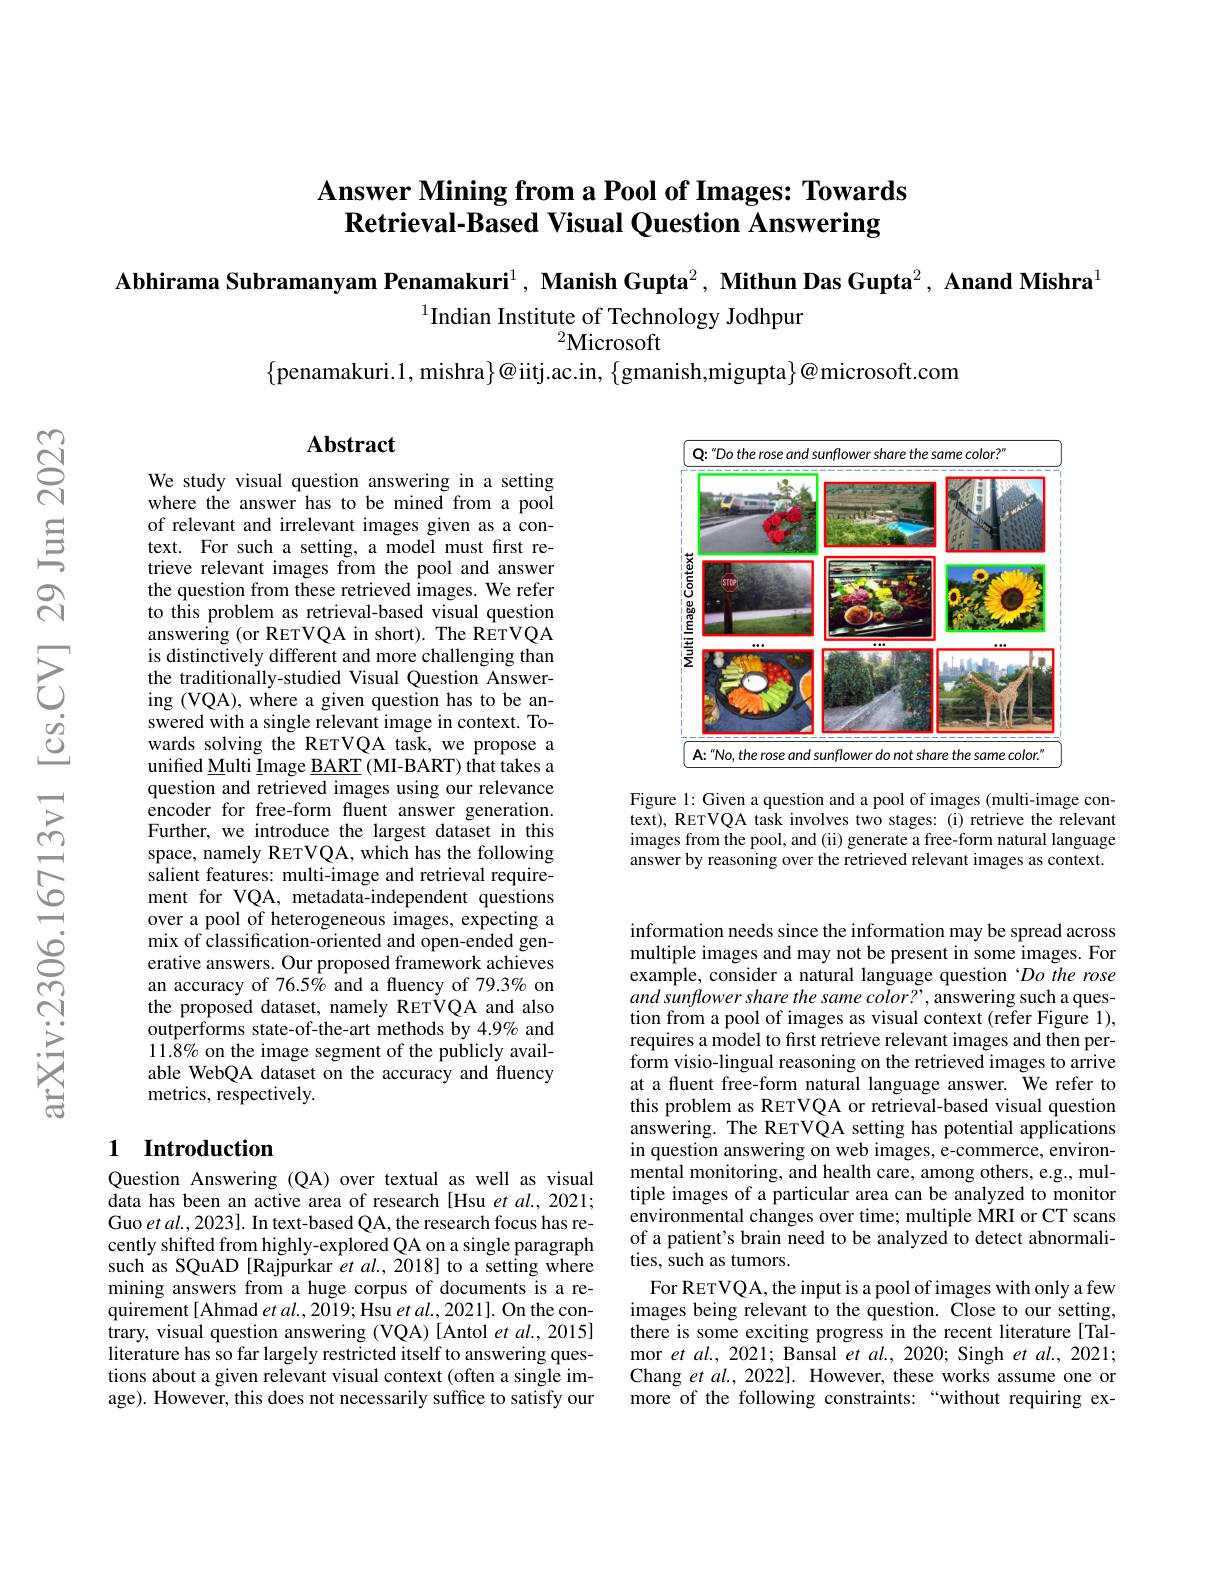
## Answer Mining from a Pool of Images: Towards $\textbf{Retrieval- Based Visual Question Answering}$

Abhirama Subramanyam Penamakuri$^1$, Manish Gupta$^2,\textbf{Mithun Das Gupta}^2,\textbf{ Anand Mishra}^1$

$^{1}$Indian Institute of Technology Jodhpur

${}^2\mathbf{Microsoft}$

$\{$penamakuri.1, mishra$\}@$iitj.ac.in, $\{$gmanish,migupta$\}@$microsoft.com

<FigureHere>

Figure 1: Given a question and a pool of images (multi-image context), RETVQA task involves two stages: (i) retrieve the relevant images from the pool, and (ii) generate a free-form natural language answer by reasoning over the retrieved relevant images as context.

## Abstract

We study visual question answering in a setting where the answer has to be mined from a pool of relevant and irrelevant images given as a context. For such a setting, a model must first retrieve relevant images from the pool and answer the question from these retrieved images. We refer to this problem as retrieval-based visual question answering (or RETVQA in short). The RETVQA is distinctively different and more challenging than the traditionally-studied Visual Question Answering (VQA), where a given question has to be answered with a single relevant image in context. Towards solving the RETVQA task, we propose a unified Multi Image $\underline{\mathrm{BART}}$ (MI-BART) that takes a question and retrieved images using our relevance encoder for free-form fuent answer generation. Further, we introduce the largest dataset in this space, namely RETVQA, which has the following salient features: multi-image and retrieval requirement for VQA, metadata-independent questions over a pool of heterogeneous images, expecting a mix of classification-oriented and open-ended generative answers. Our proposed framework achieves an accuracy of 76.5% and a fluency of 79.3% on the proposed dataset, namely RETVQA and also outperforms state-of-the-art methods by 4.9% and $11.8\%$ on the image segment of the publicly available WebQA dataset on the accuracy and fluency metrics, respectively.

## 1 Introduction

Question Answering (QA) over textual as well as visual data has been an active area of research [Hsu et al., 2021; Guo $etal.,2023].$ In text-based QA, the research focus has recently shifted from highly-explored QA on a single paragraph such as SQuAD [Rajpurkar et al., 2018] to a setting where mining answers from a huge corpus of documents is a requirement[Ahmad $etal.,2019;$ Hsu et al., 2021]. On the contrary, visual question answering (VQA) [Antol et al., 2015] literature has so far largely restricted itself to answering questions about a given relevant visual context (often a single image). However, this does not necessarily suffice to satisfy our

information needs since the information may be spread across multiple images and may not be present in some images. For example, consider a natural language question‘Do the rose and sunflower share the same color? , answering such a question from a pool of images as visual context (refer Figure 1), requires a model to frst retrieve relevant images and then perform visio-lingual reasoning on the retrieved images to arrive at a fluent free-form natural language answer. We refer to this problem as RETVQA or retrieval-based visual question answering. The RETVQA setting has potential applications in question answering on web images, e-commerce, environ- $\hat{\text{mental monitoring, and health care, among others, e.g., mul-}}$ tiple images of a particular area can be analyzed to monitor environmental changes over time; multiple MRI or CT scans of a patient's brain need to be analyzed to detect abnormalities, such as tumors.
For RETVQA, the input is a pool of images with only a few images being relevant to the question. Close to our setting, there is some exciting progress in the recent literature [Talmor et al. , 2021; Bansal $et~al.,~2020;~$Singh $et~al.,~2021;$ Chang et $al.,2022].$ However, these works assume one or more of the following constraints: “without requiring ex-